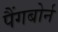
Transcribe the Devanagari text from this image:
पैंगबोर्न